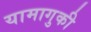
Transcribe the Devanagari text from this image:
यामागुकी